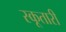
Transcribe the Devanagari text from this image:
स्कूतारी